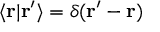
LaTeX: \langle \mathbf { r } | \mathbf { r } ^ { \prime } \rangle = \delta ( \mathbf { r } ^ { \prime } - \mathbf { r } )